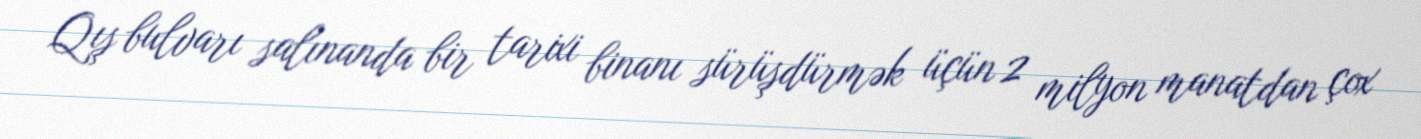
Qış bulvarı salınanda bir tarixi binanı sürüşdürmək üçün 2 milyon manatdan çox